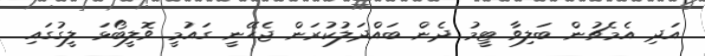
އަދި އެމެޗުން ބަލިވާ ޓީމު ދެން ބައްދަލުކުރަން ޖެހޭނީ ގައުމީ ވޮލީބޯޅަ ލީގުގައި